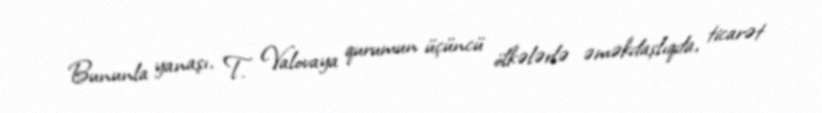
Bununla yanaşı, T. Valovaya qurumun üçüncü ölkələrlə əməkdaşlıqda, ticarət